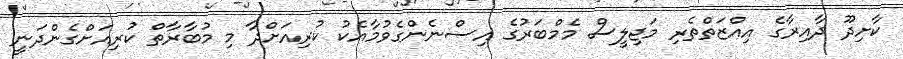
ކާށިދޫ ދާއިރާގެ އިއްޒަތްތެރި މަޖިލީސް މެމްބަރުގެ އިސްނެންގެވުމާއެކު ކުރިއަށްދާ މި މުބާރާތް ކުރިއަށްގެންދަނީ